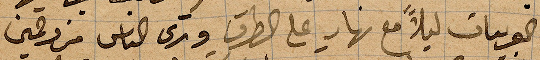
العربيات ليلًا مع نهار على الطرق وترى الناس مزدحمين